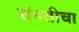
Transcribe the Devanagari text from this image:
संमतीचा